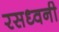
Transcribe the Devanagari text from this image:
रसध्वनी